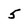
Character: 5